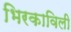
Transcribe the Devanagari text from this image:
भिरकाविली